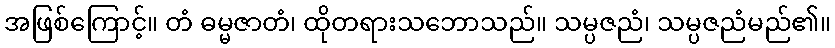
အဖြစ်ကြောင့်။ တံ ဓမ္မဇာတံ၊ ထိုတရားသဘောသည်။ သမ္ပဇညံ၊ သမ္ပဇညံမည်၏။